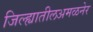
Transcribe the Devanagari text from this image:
जिल्ह्यातीलअमळनेर